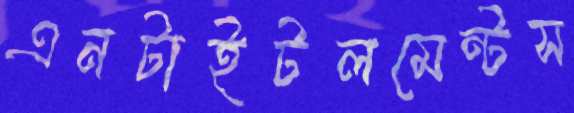
এনটাইটলমেন্টস